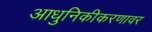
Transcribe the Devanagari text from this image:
आधुनिकीकरणावर